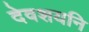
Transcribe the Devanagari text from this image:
देवशयनि